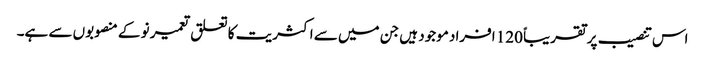
اس تنصیب پر تقریباً 120 افراد موجود ہیں جن میں سے اکثریت کا تعلق تعمیر نو کے منصوبوں سے ہے۔